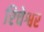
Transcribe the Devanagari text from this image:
रिचेश्वर